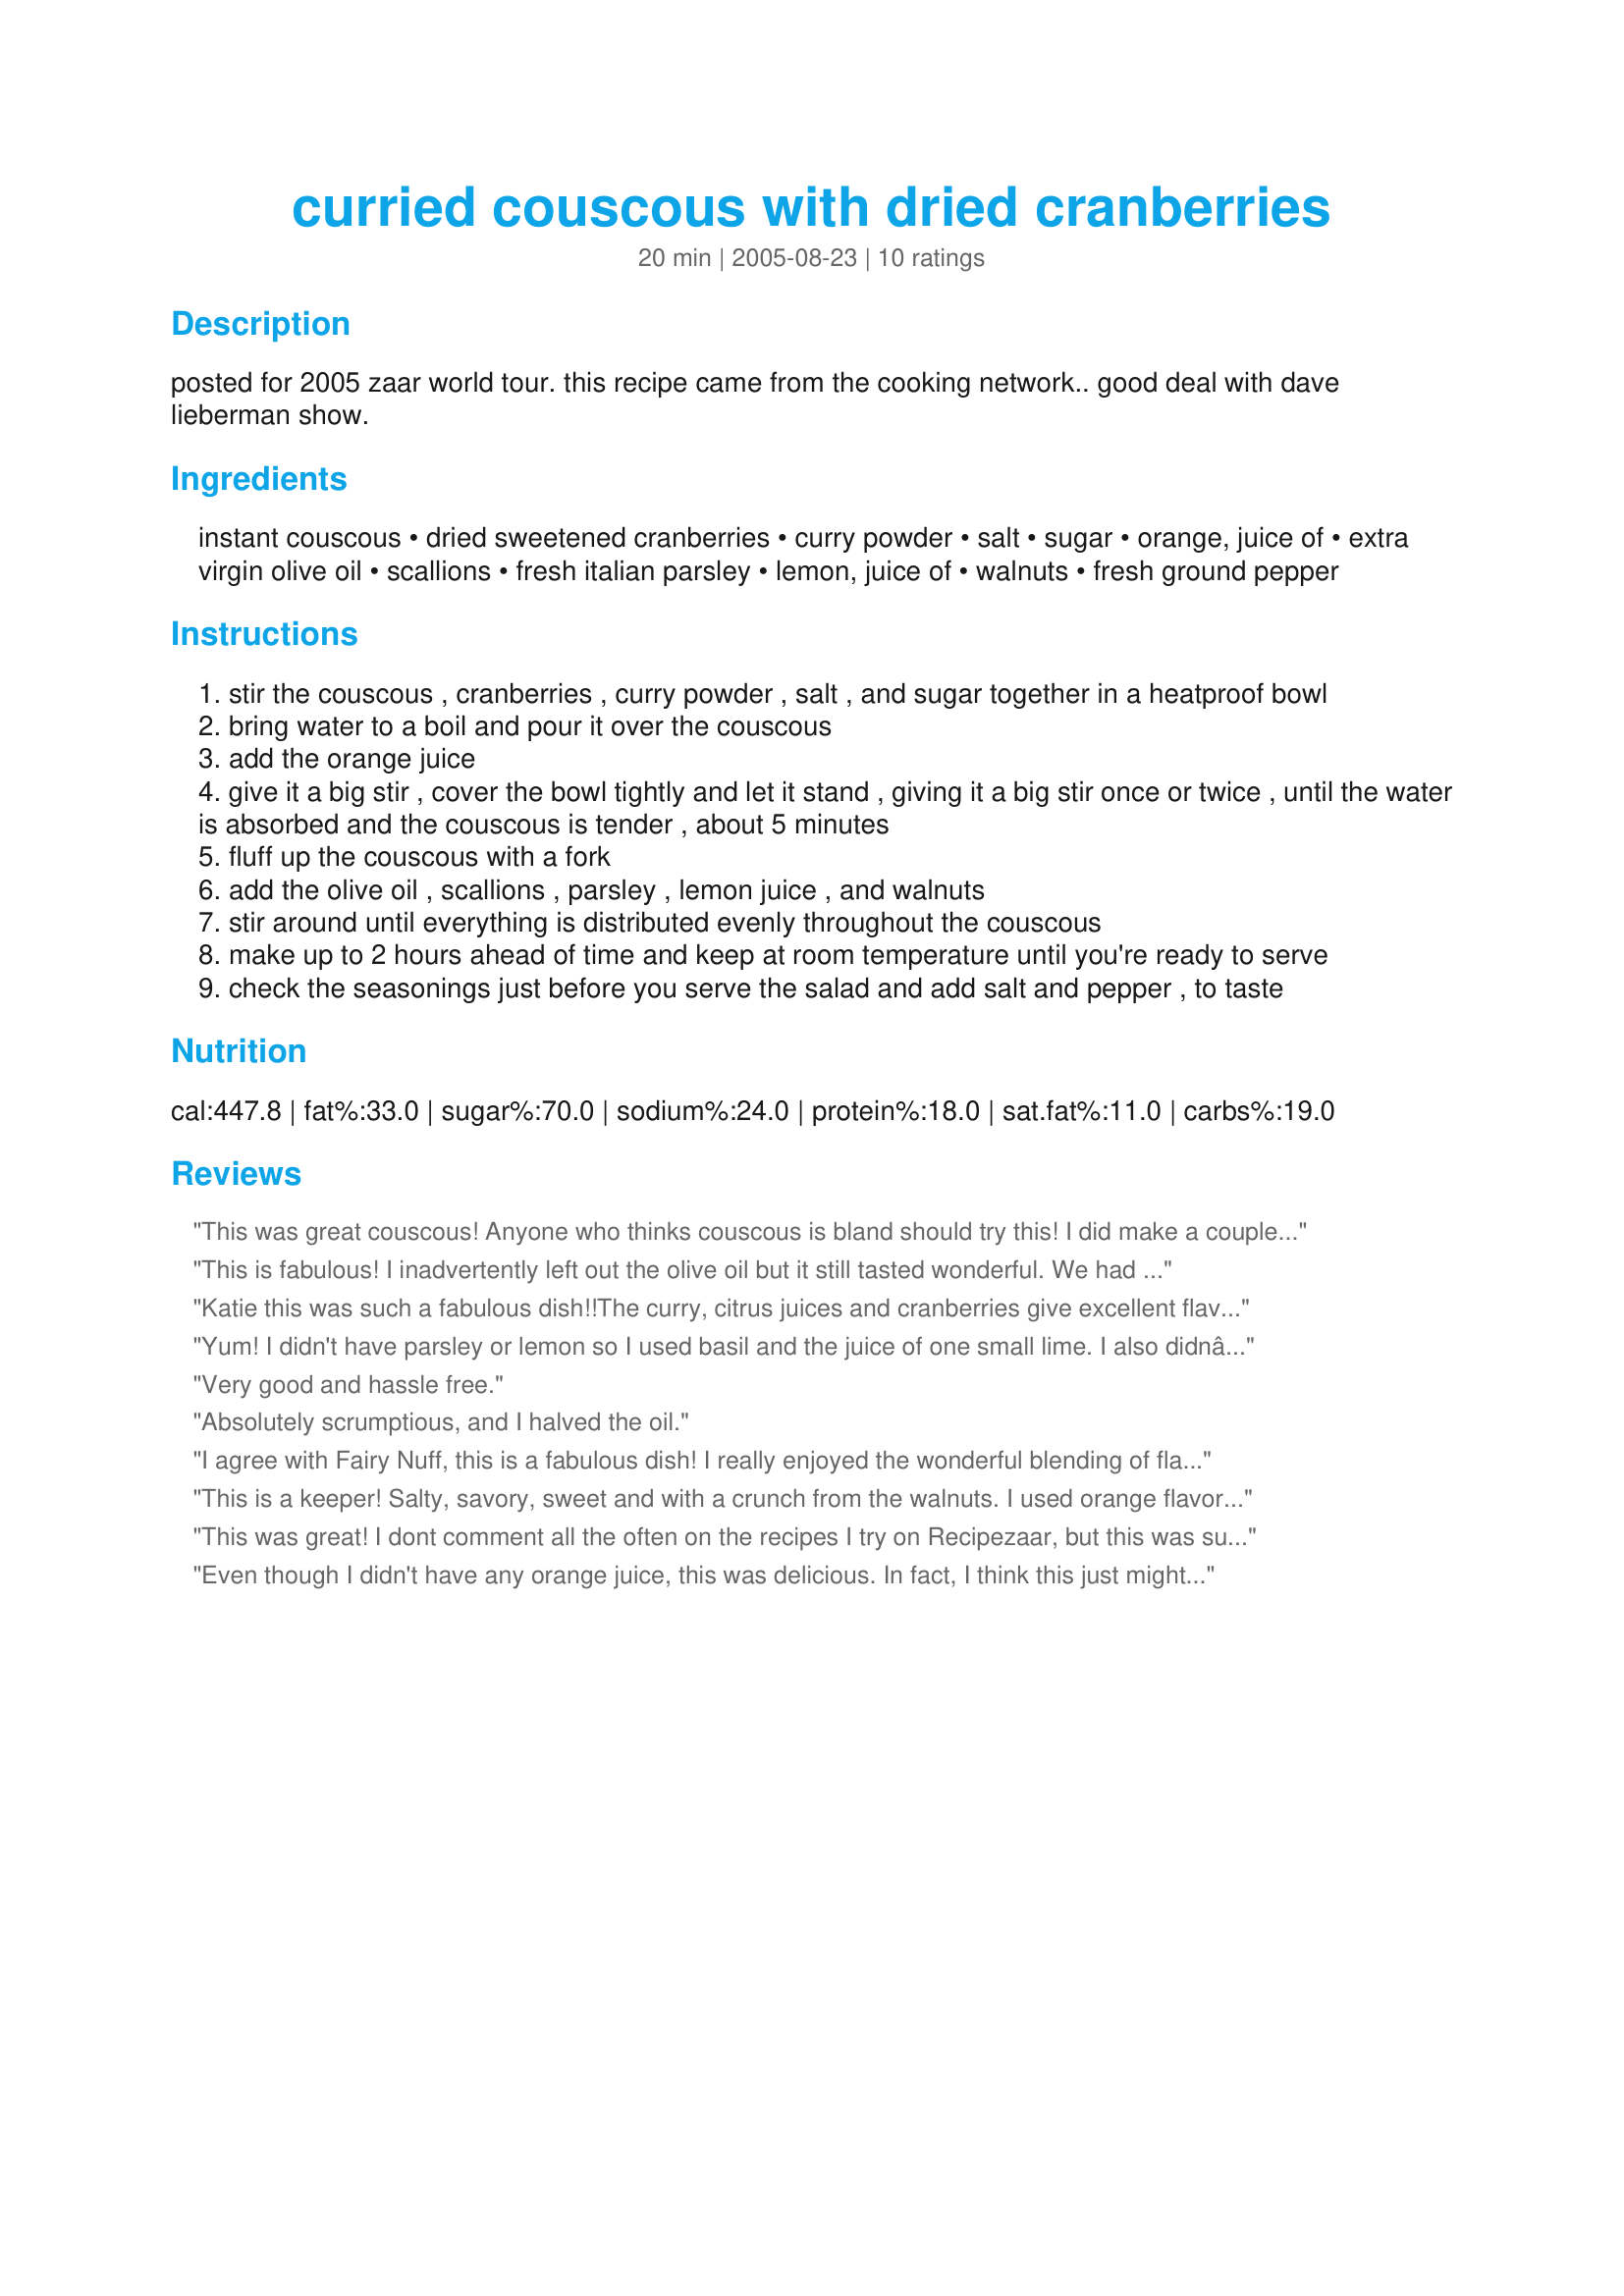
curried couscous with dried cranberries
Preparation time: 20 minutes

posted for 2005 zaar world tour.
this recipe came from the cooking network..
good deal with dave lieberman show.

Ingredients:
instant couscous, dried sweetened cranberries, curry powder, salt, sugar, orange, juice of, extra virgin olive oil, scallions, fresh italian parsley, lemon, juice of, walnuts, fresh ground pepper

Steps:
stir the couscous , cranberries , curry powder , salt , and sugar together in a heatproof bowl
bring water to a boil and pour it over the couscous
add the orange juice
give it a big stir , cover the bowl tightly and let it stand , giving it a big stir once or twice , until the water is absorbed and the couscous is tender , about 5 minutes
fluff up the couscous with a fork
add the olive oil , scallions , parsley , lemon juice , and walnuts
stir around until everything is distributed evenly throughout the couscous
make up to 2 hours ahead of time and keep at room temperature until you're ready to serve
check the seasonings just before you serve the salad and add salt and pepper , to taste

Reviews:
This was great couscous! Anyone who thinks couscous is bland should try this! I did make a couple of changes, but they were just for our tastes - left out the cranberries and used almonds instead of walnuts. Thanks so much for posting, we loved this!
This is fabulous! I inadvertently left out the olive oil but it still tasted wonderful. We had it with baked chicken breasts but it would be good with pork chops, too. Thanks for sharing!
Katie this was such a fabulous dish!!The curry, citrus juices and cranberries give excellent flavour to the cous cous and the nuts adds great texture. I made this to the recipe and will definitely be making it again!
Yum! I didn't have parsley or lemon so I used basil and the juice of one small lime. I also didnâ€™t have a 5 7/8 box so I used 1 cup of wheat couscous with one cup of chicken broth. I boiled the broth with sugar, salt, curry, orange juice, and Cranberries (to soften them) and then poured it over the dried Couscous and covered it with plastic wrap for 7min and then added the rest of ingrediants. This came out wonderful! Thanks for sharing!
Very good and hassle free.
Absolutely scrumptious, and I halved the oil.
I agree with Fairy Nuff, this is a fabulous dish! I really enjoyed the wonderful blending of flavors and the curry was just perfect. The only substitution I made was using toasted pecans for walnuts. I did reduce the recipe to serve 2. Something I am sure to make again.
This is a keeper! Salty, savory, sweet and with a crunch from the walnuts. I used orange flavored craisins. It was very popular at a potluck - someone even asked "who brought the gourmet couscous dish?" It's perfect for a picnic as there's no dairy or mayo. It's good warm, room temperature, and cold.
This was great! I dont comment all the often on the recipes I try on Recipezaar, but this was such a good way to make couscous that I am giving it five stars. The curry, cranberries and walnuts are a great blend of flavors. I used cherry flavored cranberries and whole wheat couscous.
Even though I didn't have any orange juice, this was delicious. In fact, I think this just might be my favorite couscous recipe. Thanks for posting!
